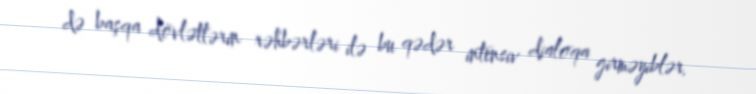
də başqa dövlətlərin rəhbərləri ilə bu qədər intensiv dialoqa girməyiblər.